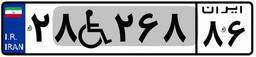
۲۸W۲۶۸۸۶